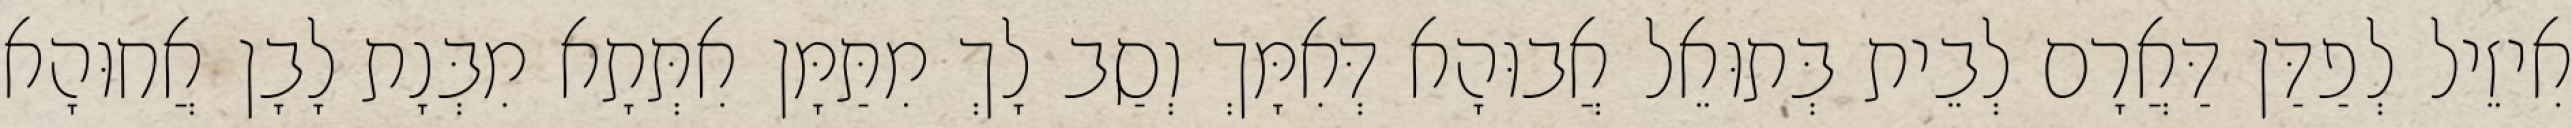
אִיזֵיל לְפַדַּן דַּאֲרָם לְבֵית בְּתוּאֵל אֲבוּהָא דְּאִמָּךְ וְסַב לָךְ מִתַּמָּן אִתְּתָא מִבְּנָת לָבָן אֲחוּהָא